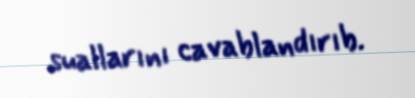
suallarını cavablandırıb.